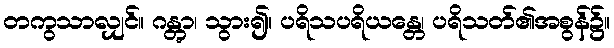
တကွသာလျှင်။ ဂန္တွာ၊ သွား၍။ ပရိသပရိယန္တေ၊ ပရိသတ်၏အစွန်၌။